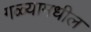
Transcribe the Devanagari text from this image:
गळ्यामधील